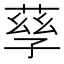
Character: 孶